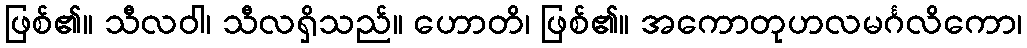
ဖြစ်၏။ သီလဝါ၊ သီလရှိသည်။ ဟောတိ၊ ဖြစ်၏။ အကောတုဟလမင်္ဂလိကော၊